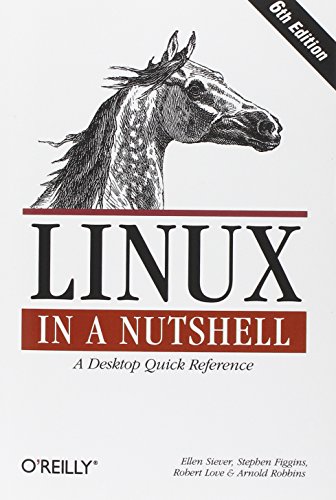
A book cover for Linux in a Nutshell; Ellen Siever; Computers & Technology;